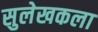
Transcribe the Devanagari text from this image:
सुलेखकला